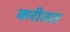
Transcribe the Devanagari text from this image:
करीतत